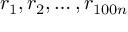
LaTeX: r _ { 1 } , r _ { 2 } , \dots , r _ { 1 0 0 n }